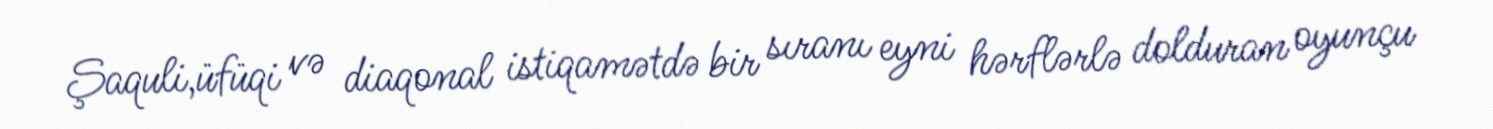
Şaquli,üfüqi və diaqonal istiqamətdə bir sıranı eyni hərflərlə dolduran oyunçu